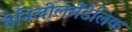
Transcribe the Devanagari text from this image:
वेनिलीलमैंडेलिक